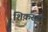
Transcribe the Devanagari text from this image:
शिक़स्ता